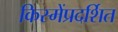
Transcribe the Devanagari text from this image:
किस्मेंप्रदर्शित